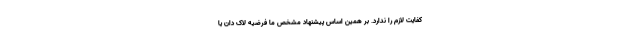
کفایت لازم را ندارد. بر همین اساس پیشنهاد مشخص ما فرضیه لاک دان یا